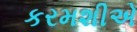
કરમશીએ